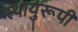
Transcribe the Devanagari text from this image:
स्थायुरूपी